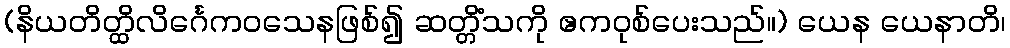
(နိယတိတ္ထိလိင်္ဂေကဝသေနဖြစ်၍ ဆတ္တိံသကို ဧကဝုစ်ပေးသည်။) ယေန ယေနာတိ၊